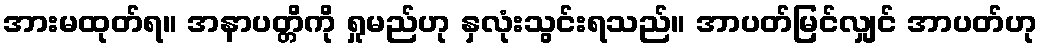
အားမထုတ်ရ။ အနာပတ္တိကို ရှုမည်ဟု နှလုံးသွင်းရသည်။ အာပတ်မြင်လျှင် အာပတ်ဟု